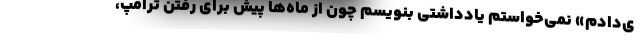
ی‌دادم» نمی‌خواستم یادداشتی بنویسم چون از ماه‌ها پیش برای رفتن ترامپ،